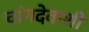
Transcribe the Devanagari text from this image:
चांगदेवाशी